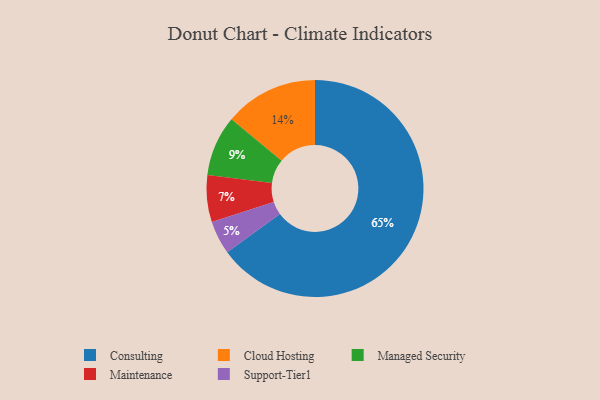
{"axis": {"x": "Category", "y": "Percentage"}, "legend": ["Cloud Hosting", "Consulting", "Maintenance", "Managed Security", "Support-Tier1"], "data": [{"x": "Maintenance", "y": 7, "type": "Maintenance"}, {"x": "Consulting", "y": 65, "type": "Consulting"}, {"x": "Cloud Hosting", "y": 14, "type": "Cloud Hosting"}, {"x": "Support-Tier1", "y": 5, "type": "Support-Tier1"}, {"x": "Managed Security", "y": 9, "type": "Managed Security"}]}